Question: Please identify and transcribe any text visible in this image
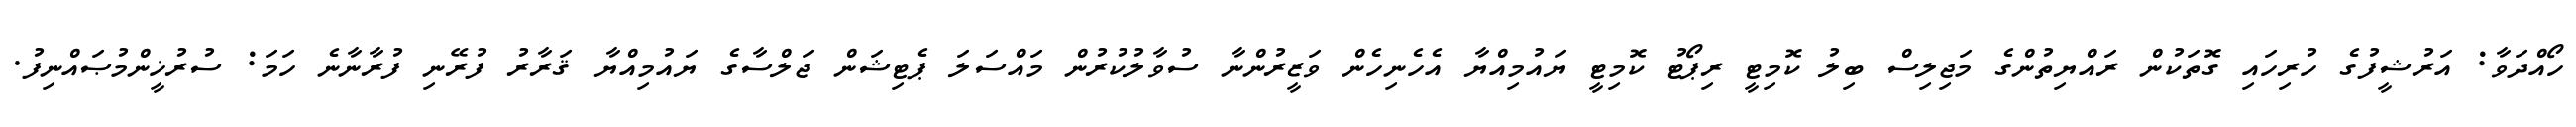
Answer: ހޯއްދަވާ: އަރުޝީފުގެ ހުރިހައި ގޮތަކުން ރައްޔިތުންގެ މަޖިލިސް ބިލު ކޮމިޓީ ރިޕޯޓު ކޮމިޓީ ޔައުމިއްޔާ އެހެނިހެން ވަޒީރުންނާ ސުވާލުކުރުން މައްސަލަ ޕެޓިޝަން ޖަލްސާގެ ޔައުމިއްޔާ ޤަރާރު ފުރޭނި ފުރާނާނެ ހަމަ: ސުރުޚީންމުޞައްނިފު.